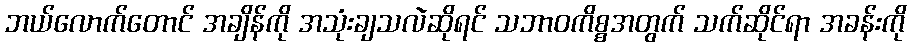
ဘယ်လောက်တောင် အချိန်ကို အသုံးချသလဲဆိုရင် သဘာဝကိစ္စအတွက် သက်ဆိုင်ရာ အခန်းကို